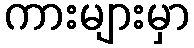
ကားများမှာ